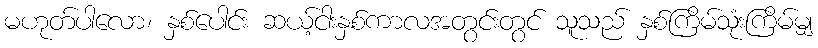
မဟုတ်ပါလော၊ နှစ်ပေါင်း ဆယ့်ငါးနှစ်ကာလအတွင်းတွင် သူသည် နှစ်ကြိမ်သုံးကြိမ်မျှ